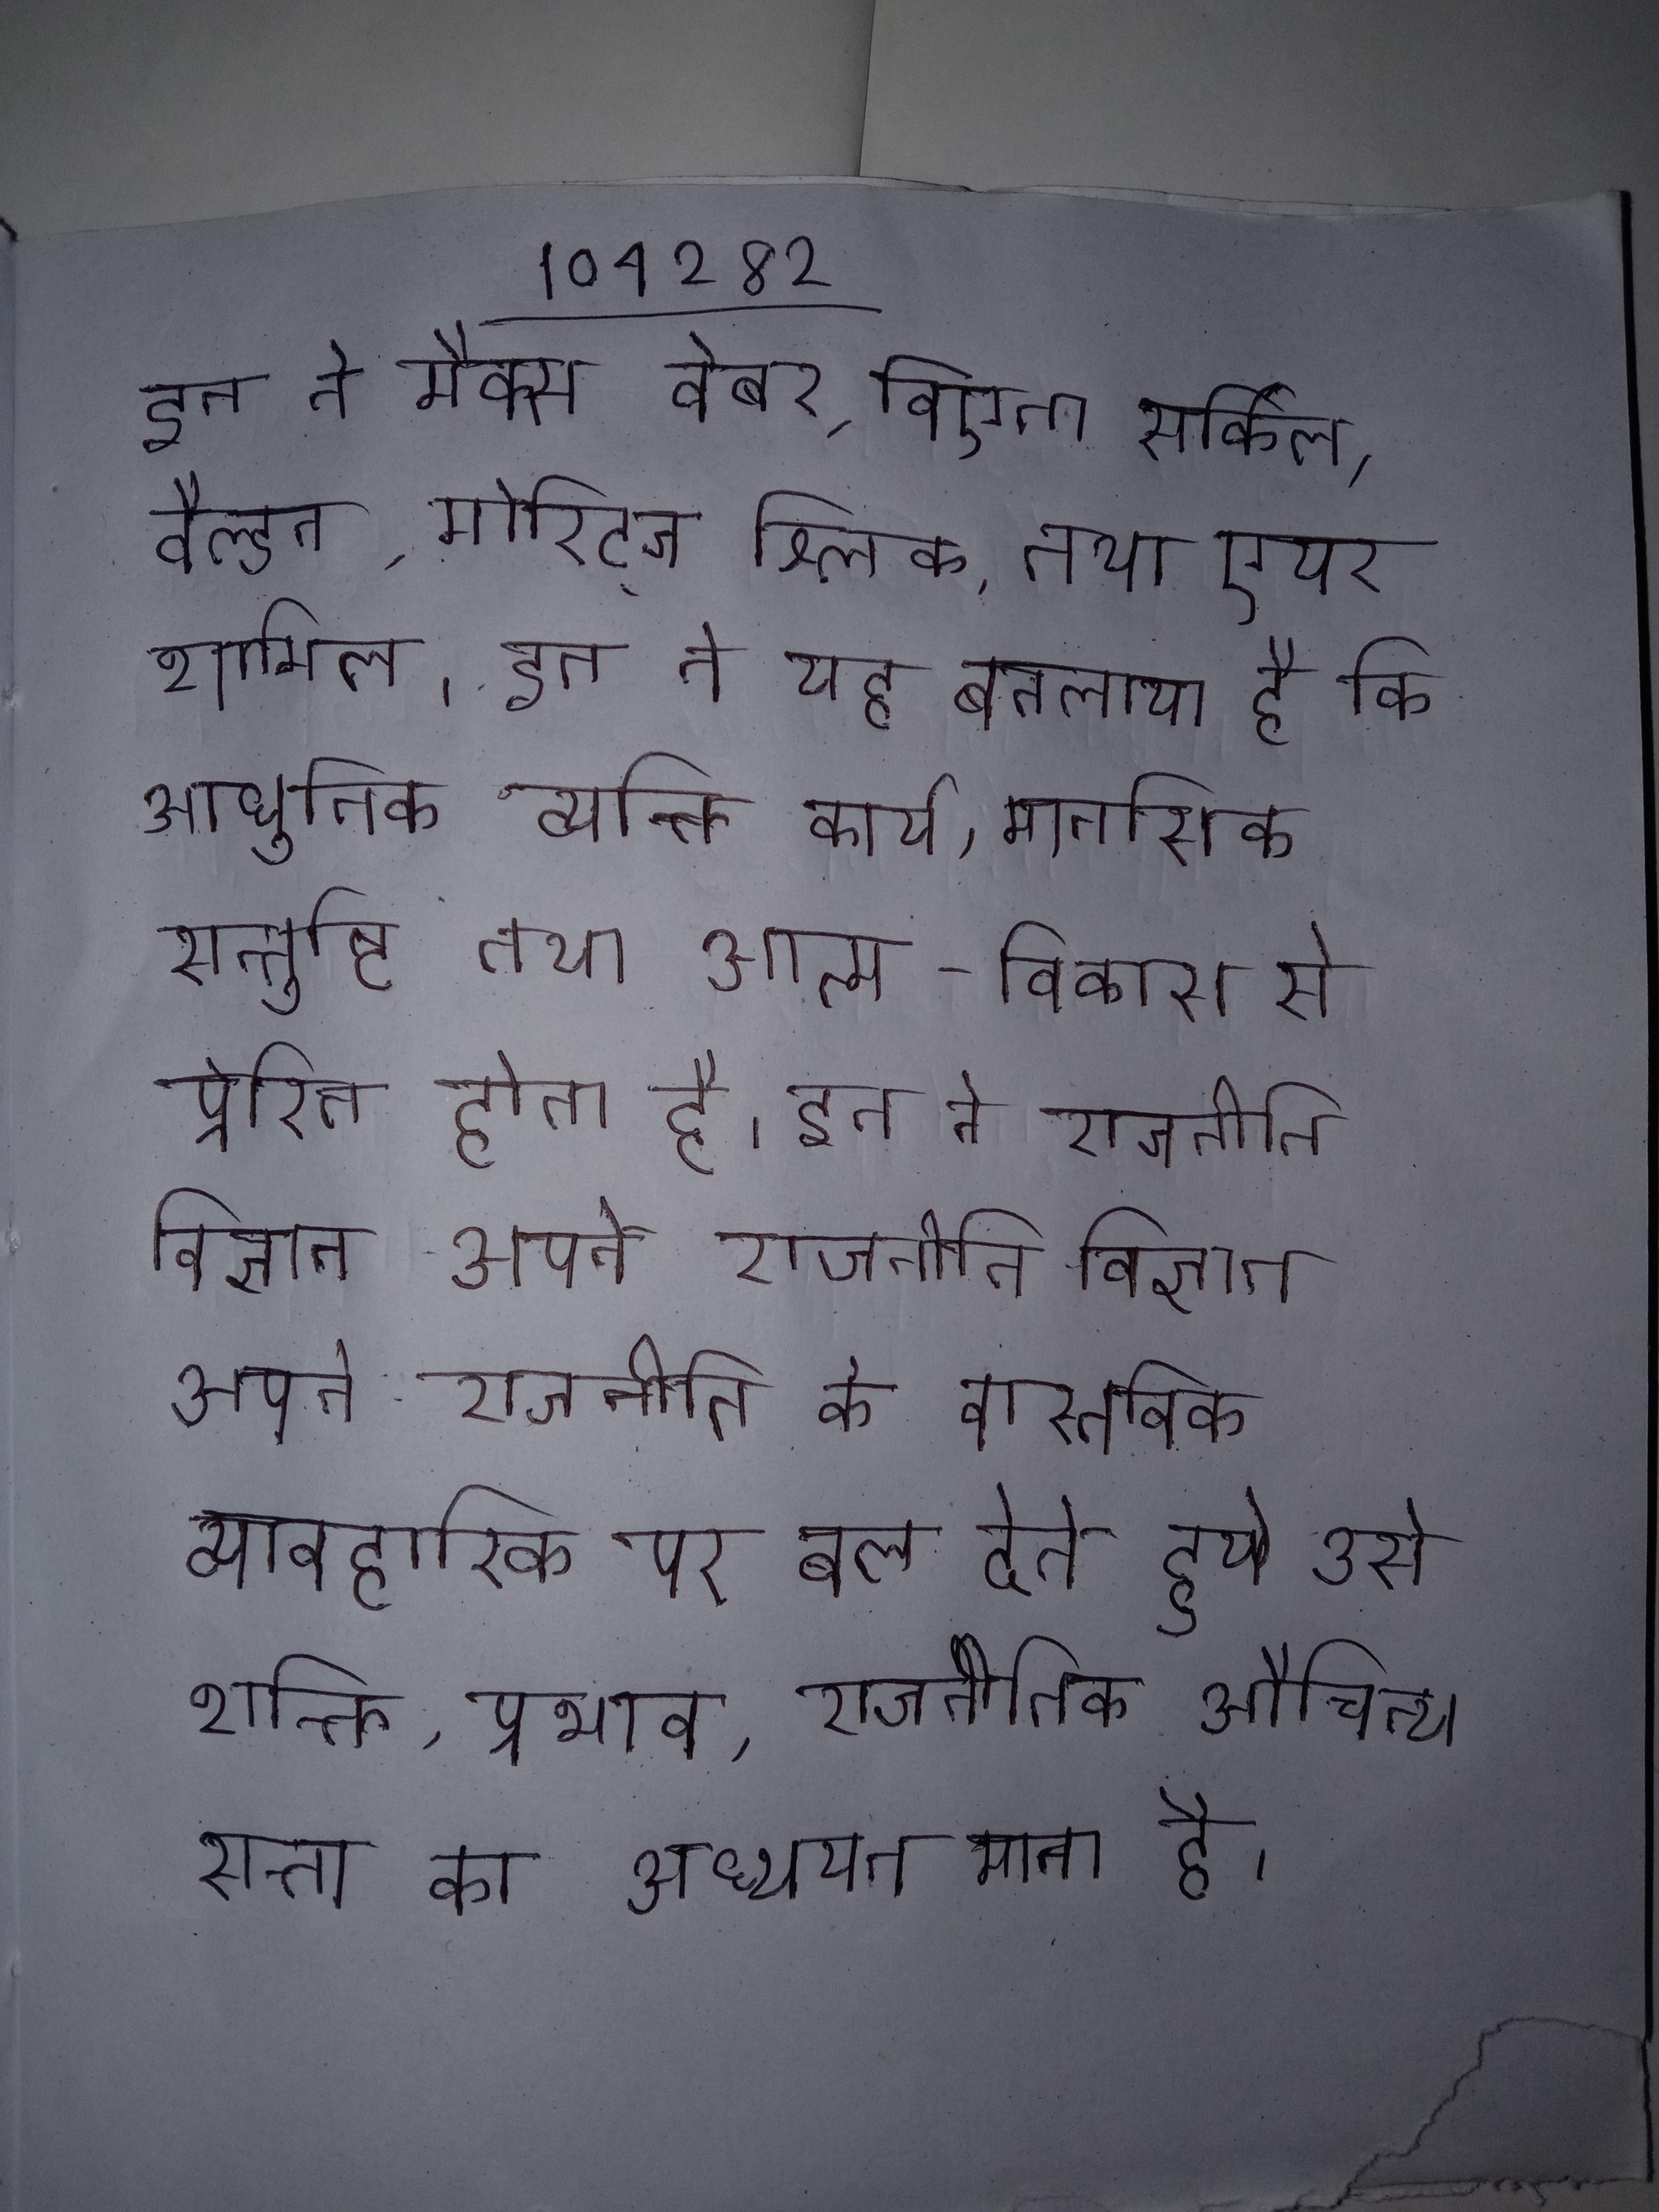
इन ने मैक्स वेबर, विएना सर्किल, वैल्डन, मोरिट्ज श्लिक, तथा एयर शामिल । इन ने यह बतलाया है कि आधुनिक व्यक्ति कार्य, मानसिक सन्तुष्टि तथा आत्म-विकास से प्रेरित होता है । इन ने राजनीति विज्ञान अपने राजनीति के वास्तविक व्यावहारिक पर बल देते हुये उसे शक्ति, प्रभाव, राजनीतिक औचित्य सत्ता का अध्ययन माना है ।